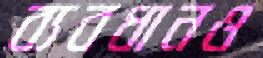
ব্যবধানও